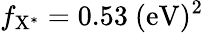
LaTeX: f_{\mathrm{{X^{*}}}}=0.53~\mathrm{{(eV)^{2}}}